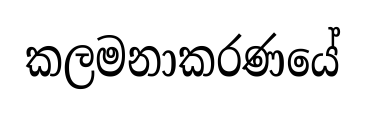
කලමනාකරණයේ